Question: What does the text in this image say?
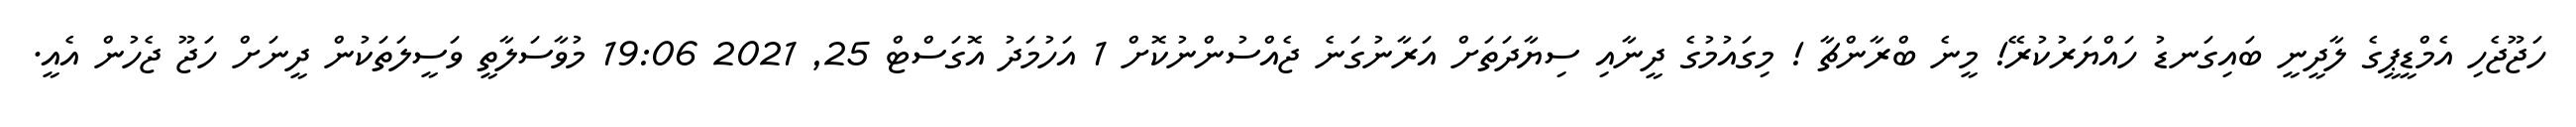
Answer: ހަޖޫޖެހި އެމްޑީޕީގެ ލާދީނީ ބައިގަނޑު ހައްޔަރުކުރޭ! މީނެ ބްރާންޗާ ! މިގައުމުގެ ދީނާއި ސިޔާދަތަށް އަރާނުގަނެ ޖެއްސުންނުކޮށް 1 އަހުމަދު އޮގަސްޓް 25, 2021 19:06 މުވާސަލާތީ ވަސީލަތަކުން ދީނަށް ހަޖޫ ޖެހުން އެއީ.